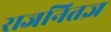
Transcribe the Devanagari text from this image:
राजनितज्ञ